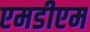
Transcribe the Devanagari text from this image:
एमडीएम